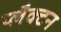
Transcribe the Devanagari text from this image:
प्लैक्टन